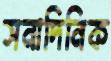
সনাদিনিক